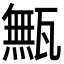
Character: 甒